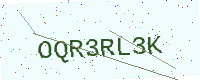
Text: OQR3RL3K